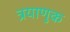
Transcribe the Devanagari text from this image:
त्रयाणुक